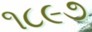
૧૮૯૭